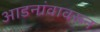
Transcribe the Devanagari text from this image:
आडनांवावरून